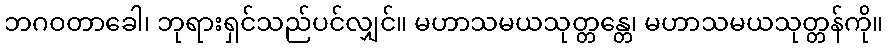
ဘဂဝတာခေါ၊ ဘုရားရှင်သည်ပင်လျှင်။ မဟာသမယသုတ္တန္တေ၊ မဟာသမယသုတ္တန်ကို။